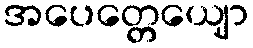
အပေတ္တေယျော